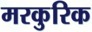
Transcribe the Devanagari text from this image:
मरकुरिक